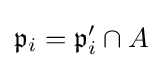
{\mathfrak {p}}_{i}={\mathfrak {p}}'_{i}\cap A